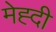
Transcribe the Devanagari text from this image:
मेह्दी